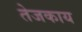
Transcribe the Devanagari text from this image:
तेजकाय